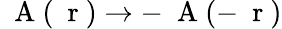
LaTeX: \mathrm{~\mathbf~A~}(\mathrm{~\mathbf~r~})\to-\mathrm{~\mathbf~A~}(-\mathrm{~\mathbf~r~})